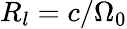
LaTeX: R_{l}=c/\Omega_{0}